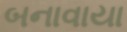
બનાવાયા